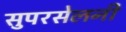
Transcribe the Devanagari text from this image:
सुपरसेलनी